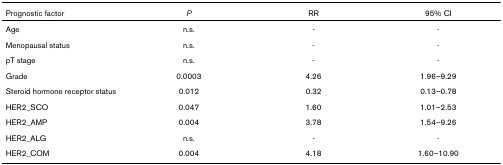
<table><thead><tr><td><b>Prognostic factor</b></td><td><b><i>P</i></b></td><td><b>RR</b></td><td><b>95% CI</b></td></tr></thead><tbody><tr><td>Age</td><td>n.s.</td><td>-</td><td>-</td></tr><tr><td>Menopausal status</td><td>n.s.</td><td>-</td><td>-</td></tr><tr><td>pT stage</td><td>n.s.</td><td>-</td><td>-</td></tr><tr><td>Grade</td><td>0.0003</td><td>4.26</td><td>1.96–9.29</td></tr><tr><td>Steroid hormone receptor status</td><td>0.012</td><td>0.32</td><td>0.13–0.78</td></tr><tr><td>HER2_SCO</td><td>0.047</td><td>1.60</td><td>1.01–2.53</td></tr><tr><td>HER2_AMP</td><td>0.004</td><td>3.78</td><td>1.54–9.26</td></tr><tr><td>HER2_ALG</td><td>n.s.</td><td>-</td><td>-</td></tr><tr><td>HER2_COM</td><td>0.004</td><td>4.18</td><td>1.60–10.90</td></tr></tbody></table>